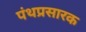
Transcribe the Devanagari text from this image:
पंथप्रसारक